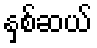
နှစ်ဆယ်